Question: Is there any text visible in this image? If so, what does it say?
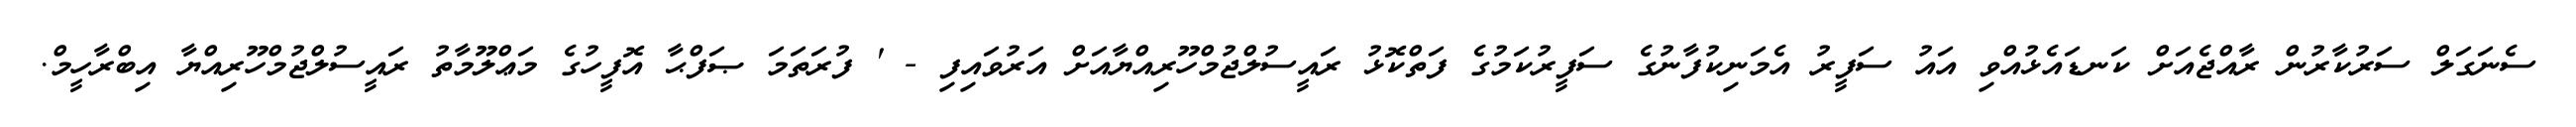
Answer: ސެނަގަލް ސަރުކާރުން ރާއްޖެއަށް ކަނޑައެޅުއްވި އައު ސަފީރު އެމަނިކުފާނުގެ ސަފީރުކަމުގެ ފަތްކޮޅު ރައީސުލްޖުމްހޫރިއްޔާއަށް އަރުވައިފި - ' ފުރަތަމަ ޞަފްޙާ އޮފީހުގެ މަޢްލޫމާތު ރައީސުލްޖުމްހޫރިއްޔާ އިބްރާހީމް.